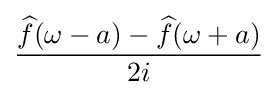
{\frac {{\widehat {f}}(\omega -a)-{\widehat {f}}(\omega +a)}{2i}}